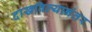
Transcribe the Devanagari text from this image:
दाखविल्यानंतर